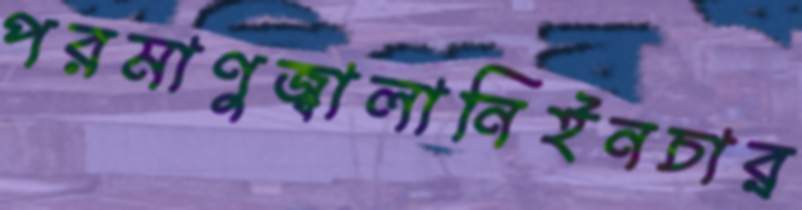
পরমাণুজ্বালানিইনচার্